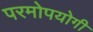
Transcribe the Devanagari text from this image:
परमोपयोगी